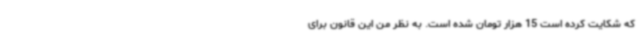
که شکایت کرده است 15 هزار تومان شده است. به نظر من این قانون برای